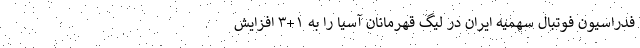
فدراسیون فوتبال سهمیه ایران در لیگ قهرمانان آسیا را به ۱+۳ افزایش